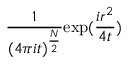
\frac { 1 } { ( 4 \pi i t ) ^ { \frac { N } { 2 } } } \mathrm { e x p } ( \frac { i r ^ { 2 } } { 4 t } )